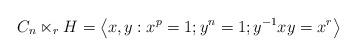
LaTeX: \begin{align*}C_{n}\ltimes_{r}H=\left\langle x,y:x^{p}=1;y^{n}=1;y^{-1}xy=x^{r}\right\rangle\end{align*}